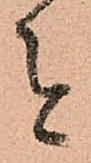
者